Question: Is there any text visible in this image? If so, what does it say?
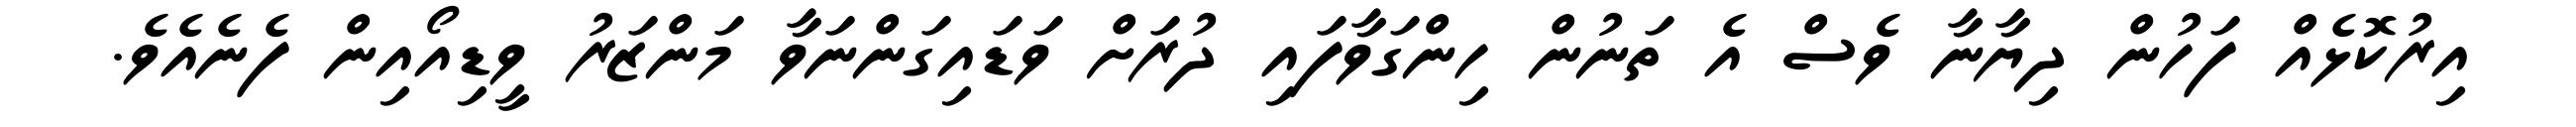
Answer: އިރުކޮޅެއް ފަހުން ދިޔާނާ ވެސް އެ ތަނުން ހިންގަވާފައި ދުރަށް ވަޑައިގަންނަވާ މަންޒަރު ވީޑިއޯއިން ފެނެއެވެ.